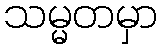
သမ္မတမှာ